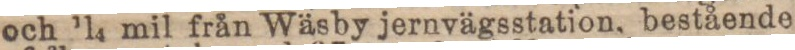
och 1/4 mil från Wäsby jernvägsstation, bestående